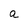
Character: a